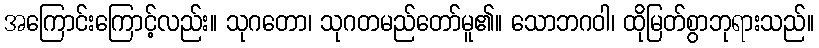
အကြောင်းကြောင့်လည်း။ သုဂတော၊ သုဂတမည်တော်မူ၏။ သောဘဂဝါ၊ ထိုမြတ်စွာဘုရားသည်။